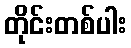
တိုင်းတစ်ပါး